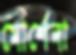
মোর্শেদা